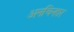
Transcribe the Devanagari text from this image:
अनचिन्हार